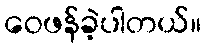
ဝေဖန်ခဲ့ပါတယ်။